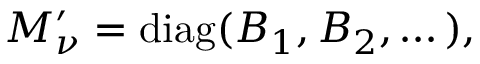
M _ { \nu } ^ { \prime } = \mathrm { d i a g } ( B _ { 1 } , B _ { 2 } , \dots ) ,